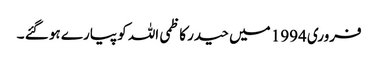
فروری 1994 میں حیدر کاظمی اللہ کو پیارے ہو گئے ۔